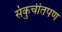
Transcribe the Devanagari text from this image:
संकुचीतपण